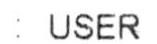
: USER